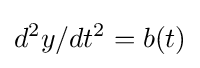
d^{2}y/dt^{2}=b(t)